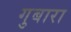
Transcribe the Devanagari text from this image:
गुबारा